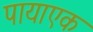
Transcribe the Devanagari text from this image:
पायाएक